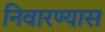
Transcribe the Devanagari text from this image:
निवारण्यास